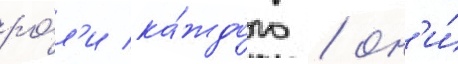
ро́л'и ка́ждого / он'и́